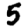
Digit: 5